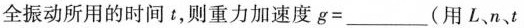
全振动所用的时间t，则重力加速度g=___(用L、n、t